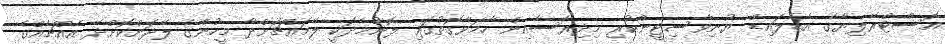
އޮސްޓްރޭލިޔާގެ އެޑެލައިޑް ޔުނިވާސިޓީންކުރި މިދިރާސާއިން ހާމަވާގޮތުގައި ލޮނުމެދަކީ ލޭމައްޗަށްދާ މީހުންގެ ލޭދަށްކޮށްދޭ އެއްޗެއްގެ